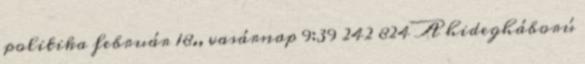
politika február 18., vasárnap 9:39 242 824 A hidegháború